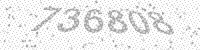
Solution: 736808